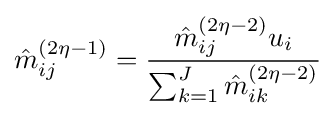
{\hat {m}}_{ij}^{(2\eta -1)}={\frac {{\hat {m}}_{ij}^{(2\eta -2)}u_{i}}{\sum _{k=1}^{J}{\hat {m}}_{ik}^{(2\eta -2)}}}